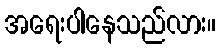
အရေးပါနေသည်လား။